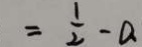
= \frac { 1 } { 2 } - a